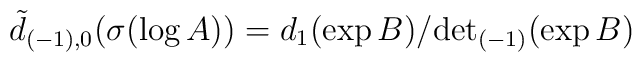
\tilde{d}_{(-1),0}(\sigma(\log A))=d_1(\exp B)/{\det}_{(-1)}(\exp B)